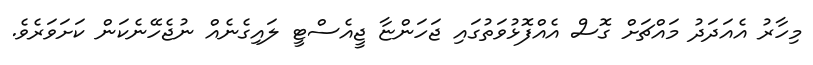
މިހާރު އެއަދަދު މައްޗަށް ގޮސް އެއްފޮޅުވަތުގައި ޖަހަންޏާ ޖީއެސްޓީ ލައިގެނެއް ނުޖެހޭނެކަން ކަށަވަރެވެ.